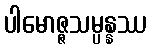
ပါမောဇ္ဇသမ္ပန္နဿ